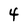
Character: 4